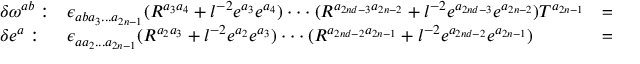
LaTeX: \begin{array} { l l l } { { \delta \omega ^ { a b } : } } & { { \epsilon _ { a b a _ { 3 } . . . a _ { 2 n - 1 } } ( R ^ { a _ { 3 } a _ { 4 } } + l ^ { - 2 } e ^ { a _ { 3 } } e ^ { a _ { 4 } } ) \cdot \cdot \cdot ( R ^ { a _ { 2 n d - 3 } a _ { 2 n - 2 } } + l ^ { - 2 } e ^ { a _ { 2 n d - 3 } } e ^ { a _ { 2 n - 2 } } ) T ^ { a _ { 2 n - 1 } } } } & { { = 0 } } \\ { { \delta e ^ { a } : } } & { { \epsilon _ { a a _ { 2 } . . . a _ { 2 n - 1 } } ( R ^ { a _ { 2 } a _ { 3 } } + l ^ { - 2 } e ^ { a _ { 2 } } e ^ { a _ { 3 } } ) \cdot \cdot \cdot ( R ^ { a _ { 2 n d - 2 } a _ { 2 n - 1 } } + l ^ { - 2 } e ^ { a _ { 2 n d - 2 } } e ^ { a _ { 2 n - 1 } } ) } } & { { = 0 } } \end{array} .